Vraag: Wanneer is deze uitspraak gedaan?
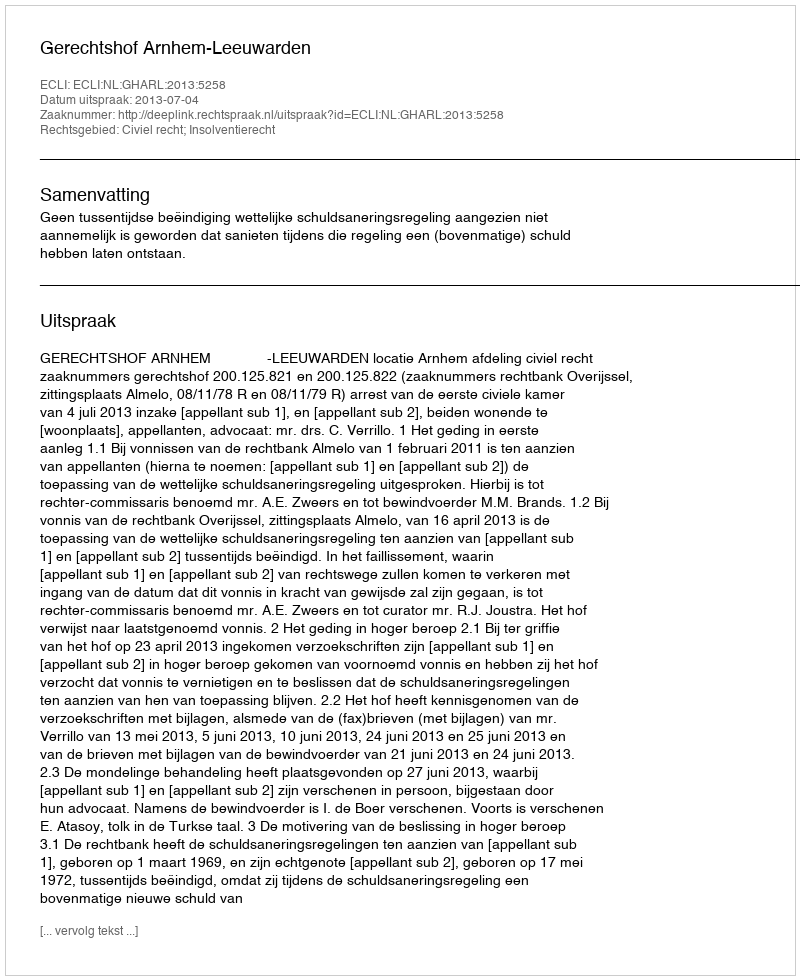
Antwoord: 2013-07-04